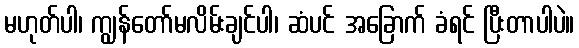
မဟုတ်ပါ၊ ကျွန်တော်မလိမ်းချင်ပါ၊ ဆံပင် အခြောက် ခံရင် ပြီးတာပါပဲ။